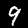
Label: 9